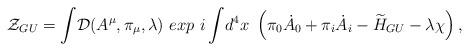
LaTeX: \begin{align*}{\cal Z}_{GU} = {\displaystyle \int} {\cal D}(A^{\mu}, \pi_{\mu}, \lambda)~exp ~{i\displaystyle \int} d^4x ~\left(\pi_0{\dot A_0} + \pi_i{\dot A_i} - {\widetilde H_{GU}} - \lambda \chi\right),\end{align*}